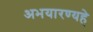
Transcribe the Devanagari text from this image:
अभयारण्यहे